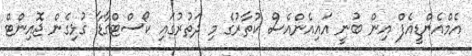
އެމްއެންޑީއެފް އިން ބުނީ އައިއެންއެސް ކުތާރުގެ މި ދަތުރުގައި ކޯސްޓްގާޑާ ގުޅިގެން ޖޮއިންޓް